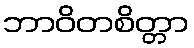
ဘာဝိတစိတ္တာ